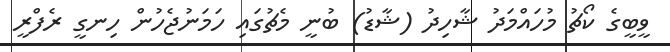
ވީބީގެ ކޯޗު މުހައްމަދު ޝާހިދު (ޝާޑު) ބުނީ މެޗުގައި ހަމަނުޖެހުން ހިނގީ ރެފްރީ